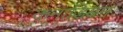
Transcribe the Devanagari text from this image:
कनाडियन